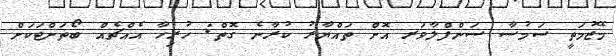
މޭޒުމަތީ ސަމުސާ ސަންފްލާވަރ އޮށް ތައްޔާރު ކުރާނެ ގޮތް: ހުރިހާ އެއްޗެއް ބޯތަށްޓަކަށް